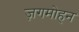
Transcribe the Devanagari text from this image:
ज़गमोहन